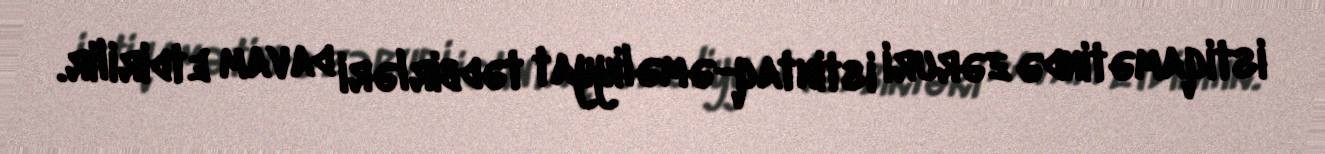
istiqamətində zəruri istintaq-əməliyyat tədbirləri davam etdirilir.